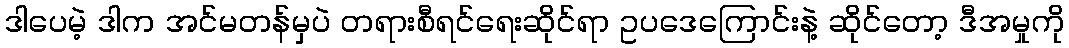
ဒါပေမဲ့ ဒါက အင်မတန်မှပဲ တရားစီရင်ရေးဆိုင်ရာ ဥပဒေကြောင်းနဲ့ ဆိုင်တော့ ဒီအမှုကို